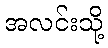
အလင်းသို့